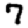
Digit: 7